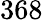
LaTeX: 368